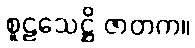
စူဠသေဋ္ဌိ ဇာတက။